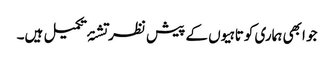
جو ابھی ہماری کوتاہیوں کے پیش نظر تشنۂ تکمیل ہیں۔